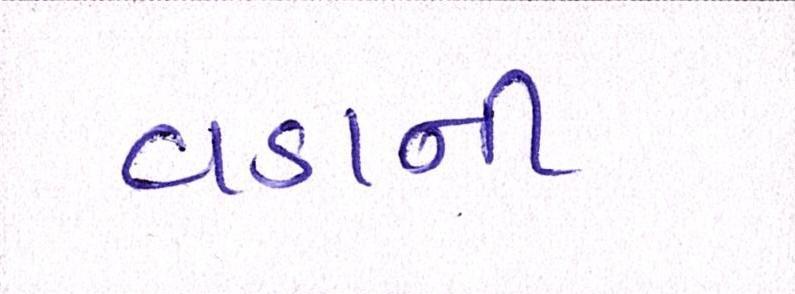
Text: વડાની